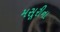
મસૂરીના